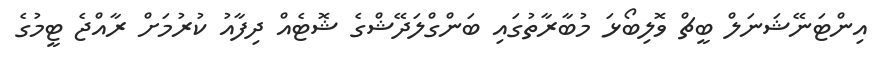
އިންޓަނޭޝަނަލް ބީޗް ވޮލިބޯޅަ މުބާރާތުގައި ބަންގްލަދޭޝްގެ ޝޮޓެއް ދިފާއު ކުރުމަށް ރާއްޖެ ޓީމުގެ